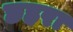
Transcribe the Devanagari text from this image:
छहरा